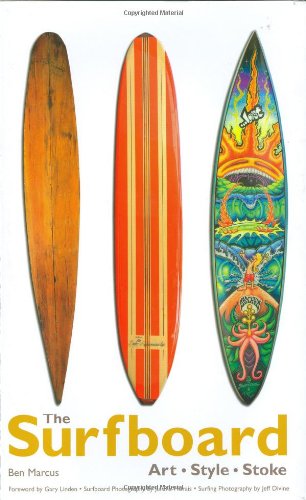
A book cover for The Surfboard: Art, Style, Stoke; Ben Marcus; Crafts, Hobbies & Home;